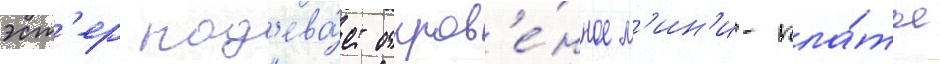
эст'ер над'ева́ет откров'е́нное м'ин'и-пла́тье